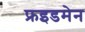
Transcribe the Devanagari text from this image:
फ्रइडमेन